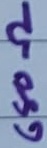
Text: 680Ω